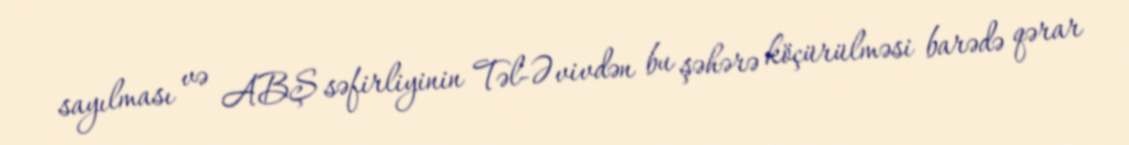
sayılması və ABŞ səfirliyinin Təl-Əvivdən bu şəhərə köçürülməsi barədə qərar